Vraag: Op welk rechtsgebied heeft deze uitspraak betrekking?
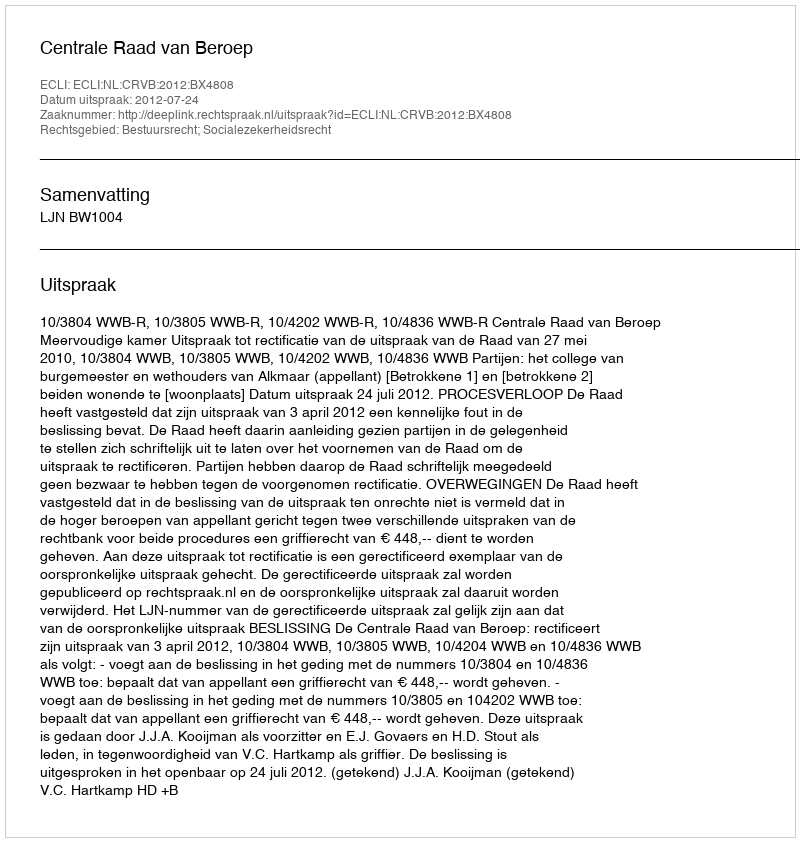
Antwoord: Bestuursrecht; Socialezekerheidsrecht